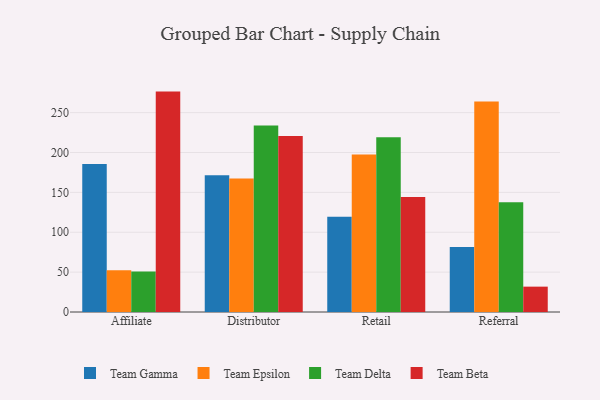
{"axis": {"x": "Channel", "y": "Net Income (USD K)"}, "legend": ["Team Beta", "Team Delta", "Team Epsilon", "Team Gamma"], "data": [{"x": "Affiliate", "y": 185.6, "type": "Team Gamma"}, {"x": "Affiliate", "y": 52.3, "type": "Team Epsilon"}, {"x": "Affiliate", "y": 50.9, "type": "Team Delta"}, {"x": "Affiliate", "y": 276.4, "type": "Team Beta"}, {"x": "Distributor", "y": 171.6, "type": "Team Gamma"}, {"x": "Distributor", "y": 167.5, "type": "Team Epsilon"}, {"x": "Distributor", "y": 234.0, "type": "Team Delta"}, {"x": "Distributor", "y": 220.7, "type": "Team Beta"}, {"x": "Retail", "y": 119.6, "type": "Team Gamma"}, {"x": "Retail", "y": 197.5, "type": "Team Epsilon"}, {"x": "Retail", "y": 219.2, "type": "Team Delta"}, {"x": "Retail", "y": 144.2, "type": "Team Beta"}, {"x": "Referral", "y": 81.4, "type": "Team Gamma"}, {"x": "Referral", "y": 264.1, "type": "Team Epsilon"}, {"x": "Referral", "y": 137.7, "type": "Team Delta"}, {"x": "Referral", "y": 31.8, "type": "Team Beta"}]}